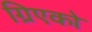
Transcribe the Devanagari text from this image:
ग्रिएको